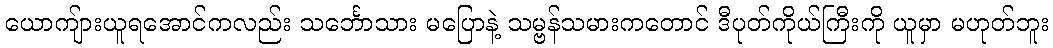
ယောကျ်ားယူရအောင်ကလည်း သင်္ဘောသား မပြောနဲ့ သမ္ဗန်သမားကတောင် ဒီပုတ်ကိုယ်ကြီးကို ယူမှာ မဟုတ်ဘူး